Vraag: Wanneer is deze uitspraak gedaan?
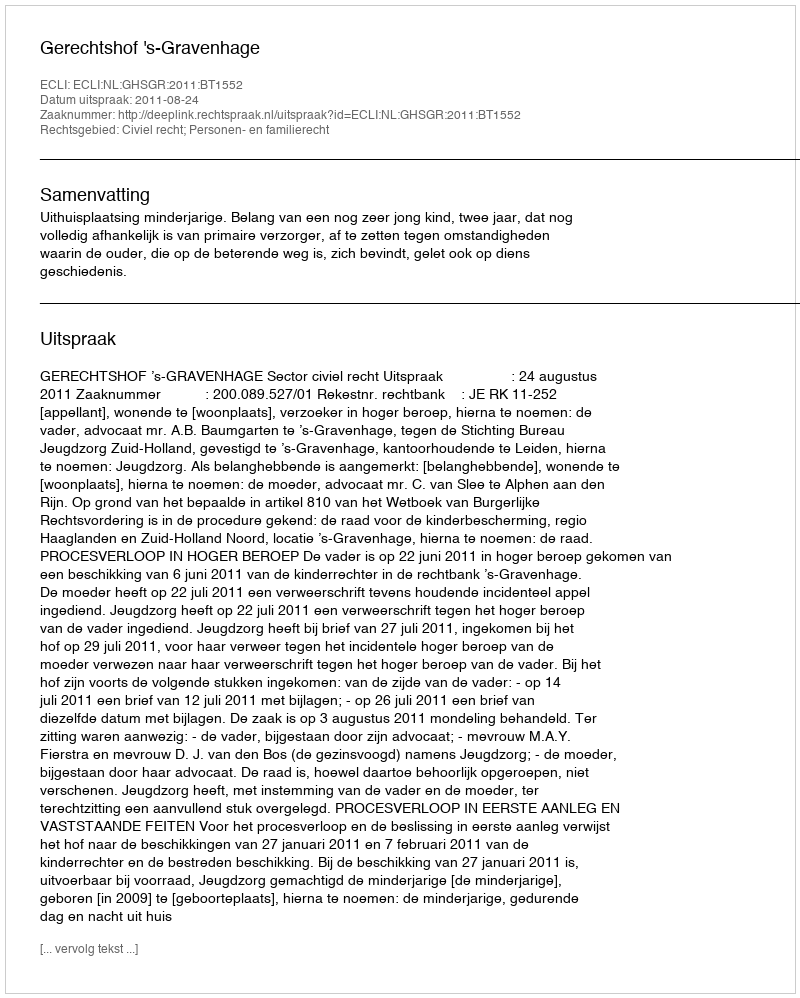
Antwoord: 2011-08-24